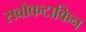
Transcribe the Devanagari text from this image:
सबोकटाकिन